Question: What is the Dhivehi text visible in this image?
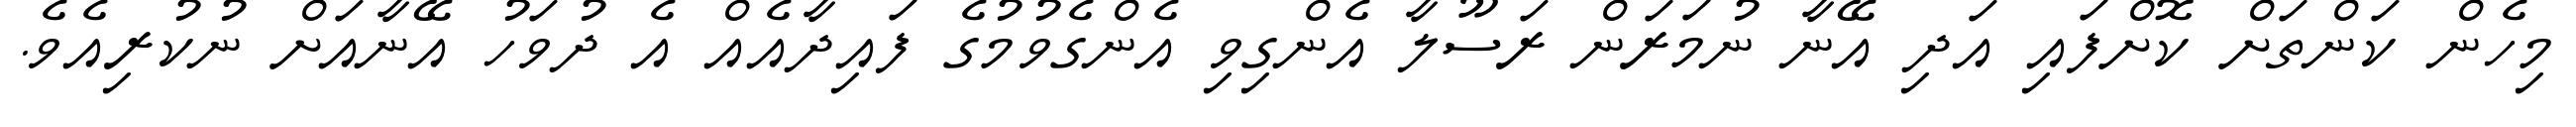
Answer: މިހެން ކަންތަށް ކޮށްފައި އަދި އޭނާ ނުމަރަން ރަސޫލާ އެންގިވި އެންގެވުމުގެ ފައިދާއެއް އެ ދުވަހު އޭނާއަށް ނުކުރިއެވެ.